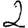
Digit: 2